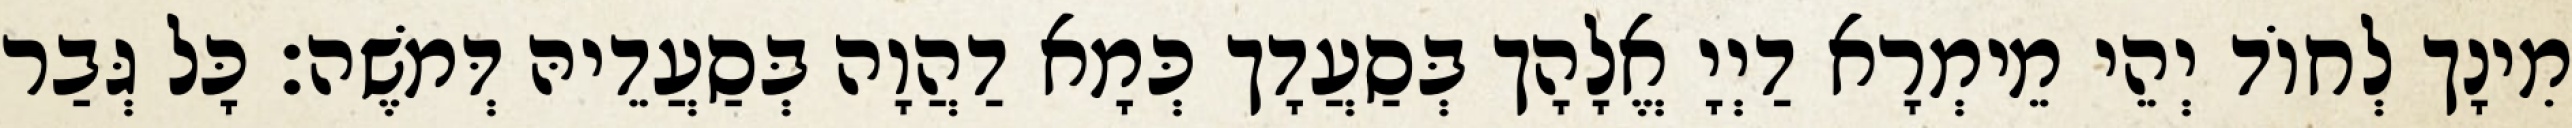
מִינָך לְחוֹד יְהֵי מֵימְרָא דַיְיָ אֱלָהָך בְּסַעֲדָך כְּמָא דַהֲוָה בְּסַעֲדֵיהּ דְּמֹשֶׁה׃ כָּל גְּבַר